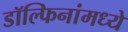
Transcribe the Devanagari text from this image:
डॉल्फिनांमध्ये